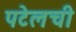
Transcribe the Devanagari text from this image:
पटेलची